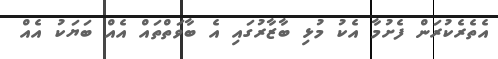
އެތެރެކުރަން ފެށުމާ އެކު މުޅި ބާޒާރުގައި އެ ބާވަތްތައް އެއް ބަޔަކު އެއް